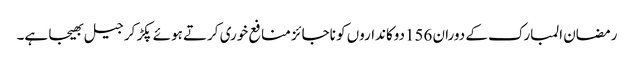
رمضان المبارک کے دوران 156دوکانداروں کو ناجائز منافع خوری کرتے ہوئے پکڑ کر جیل بھیجا ہے۔